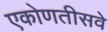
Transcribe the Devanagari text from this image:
एकोणतीसवे